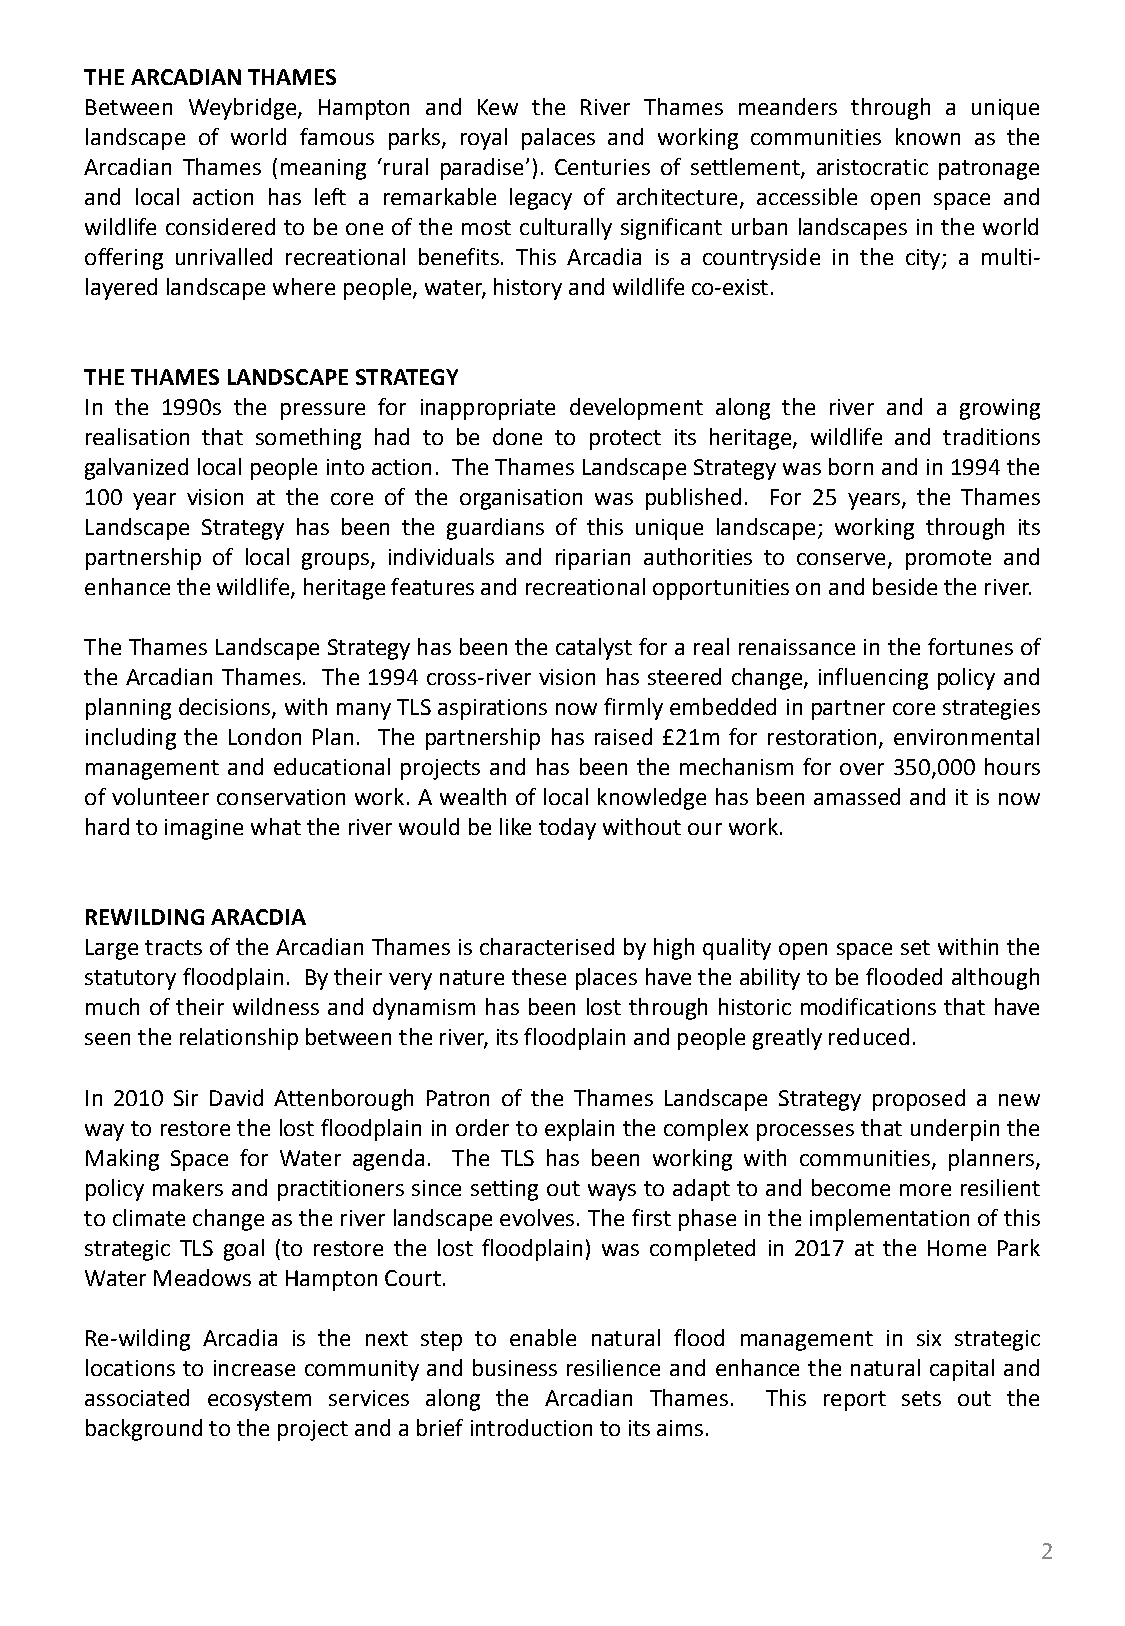
THEARCADIANTHAMES
 Between Weybridge, Hampton and Kew the River Thames meanders through a unique
 landscape of world famous parks, royal palaces and working communities known as the
 Arcadian Thames (meaning ‘rural paradise’). Centuries of settlement, aristocratic patronage
 and local action has left a remarkable legacy of architecture, accessible open space and
 wildlife considered to be one of the most culturally significant urban landscapes in the world
 offering unrivalled recreational benefits. This Arcadia is a countryside in the city; a multi-
 layeredlandscapewherepeople,water,historyandwildlifeco-exist.
 THETHAMESLANDSCAPESTRATEGY
 In the 1990s the pressure for inappropriate development along the river and a growing
 realisation that something had to be done to protect its heritage, wildlife and traditions
 galvanizedlocalpeopleintoaction. TheThamesLandscapeStrategywasbornandin1994the
 100 year vision at the core of the organisation was published. For 25 years, the Thames
 Landscape Strategy has been the guardians of this unique landscape; working through its
 partnership of local groups, individuals and riparian authorities to conserve, promote and
 enhancethewildlife,heritagefeaturesandrecreationalopportunitiesonandbesidetheriver.
 The Thames Landscape Strategyhas beenthe catalystfor a realrenaissance in thefortunes of
 the Arcadian Thames. The 1994 cross-river vision has steered change, influencing policy and
 planningdecisions,withmanyTLSaspirationsnowfirmlyembeddedinpartnercorestrategies
 including the London Plan. The partnership has raised £21m for restoration, environmental
 management and educational projects and has been the mechanism for over 350,000 hours
 of volunteer conservation work. A wealth of local knowledge has been amassed and it is now
 hardtoimaginewhattheriverwouldbeliketodaywithoutourwork.
 REWILDINGARACDIA
 Largetracts ofthe Arcadian Thames ischaracterisedbyhighqualityopen space set withinthe
 statutoryfloodplain. Bytheirverynature theseplaceshave theability tobefloodedalthough
 much of their wildness and dynamism has been lost through historic modifications that have
 seentherelationshipbetweentheriver,itsfloodplainandpeoplegreatlyreduced.
 In 2010 Sir David Attenborough Patron of the Thames Landscape Strategy proposed a new
 wayto restorethe lostfloodplain in orderto explainthe complexprocesses thatunderpinthe
 Making Space for Water agenda. The TLS has been working with communities, planners,
 policy makers and practitioners since setting out ways to adapt to and become more resilient
 toclimatechangeastheriverlandscapeevolves.Thefirstphaseintheimplementationofthis
 strategic TLS goal (to restore the lost floodplain) was completed in 2017 at the Home Park
 WaterMeadowsatHamptonCourt.
 Re-wilding Arcadia is the next step to enable natural flood management in six strategic
 locations to increase community and business resilience and enhance the natural capital and
 associated ecosystem services along the Arcadian Thames. This report sets out the
 backgroundtotheprojectandabriefintroductiontoitsaims.
 2